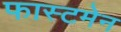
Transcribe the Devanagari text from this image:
फास्टमेन